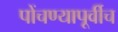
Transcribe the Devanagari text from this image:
पोंचण्यापूर्वीच